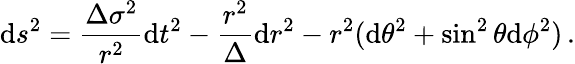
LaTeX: \mathrm{d}s^{2}=\frac{{\Delta\sigma^{2}}}{{r^{2}}}\mathrm{d}t^{2}-\frac{{r^{2}}}{{\Delta}}\mathrm{d}r^{2}-r^{2}(\mathrm{d}\theta^{2}+\sin^{2}\theta\mathrm{d}\phi^{2})\, .